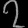
Digit: ၇